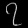
Digit: ၇